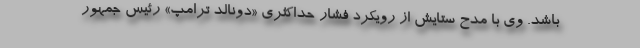
باشد. وی با مدح ستایش از رویکرد فشار حداکثری «دونالد ترامپ» رئیس جمهور